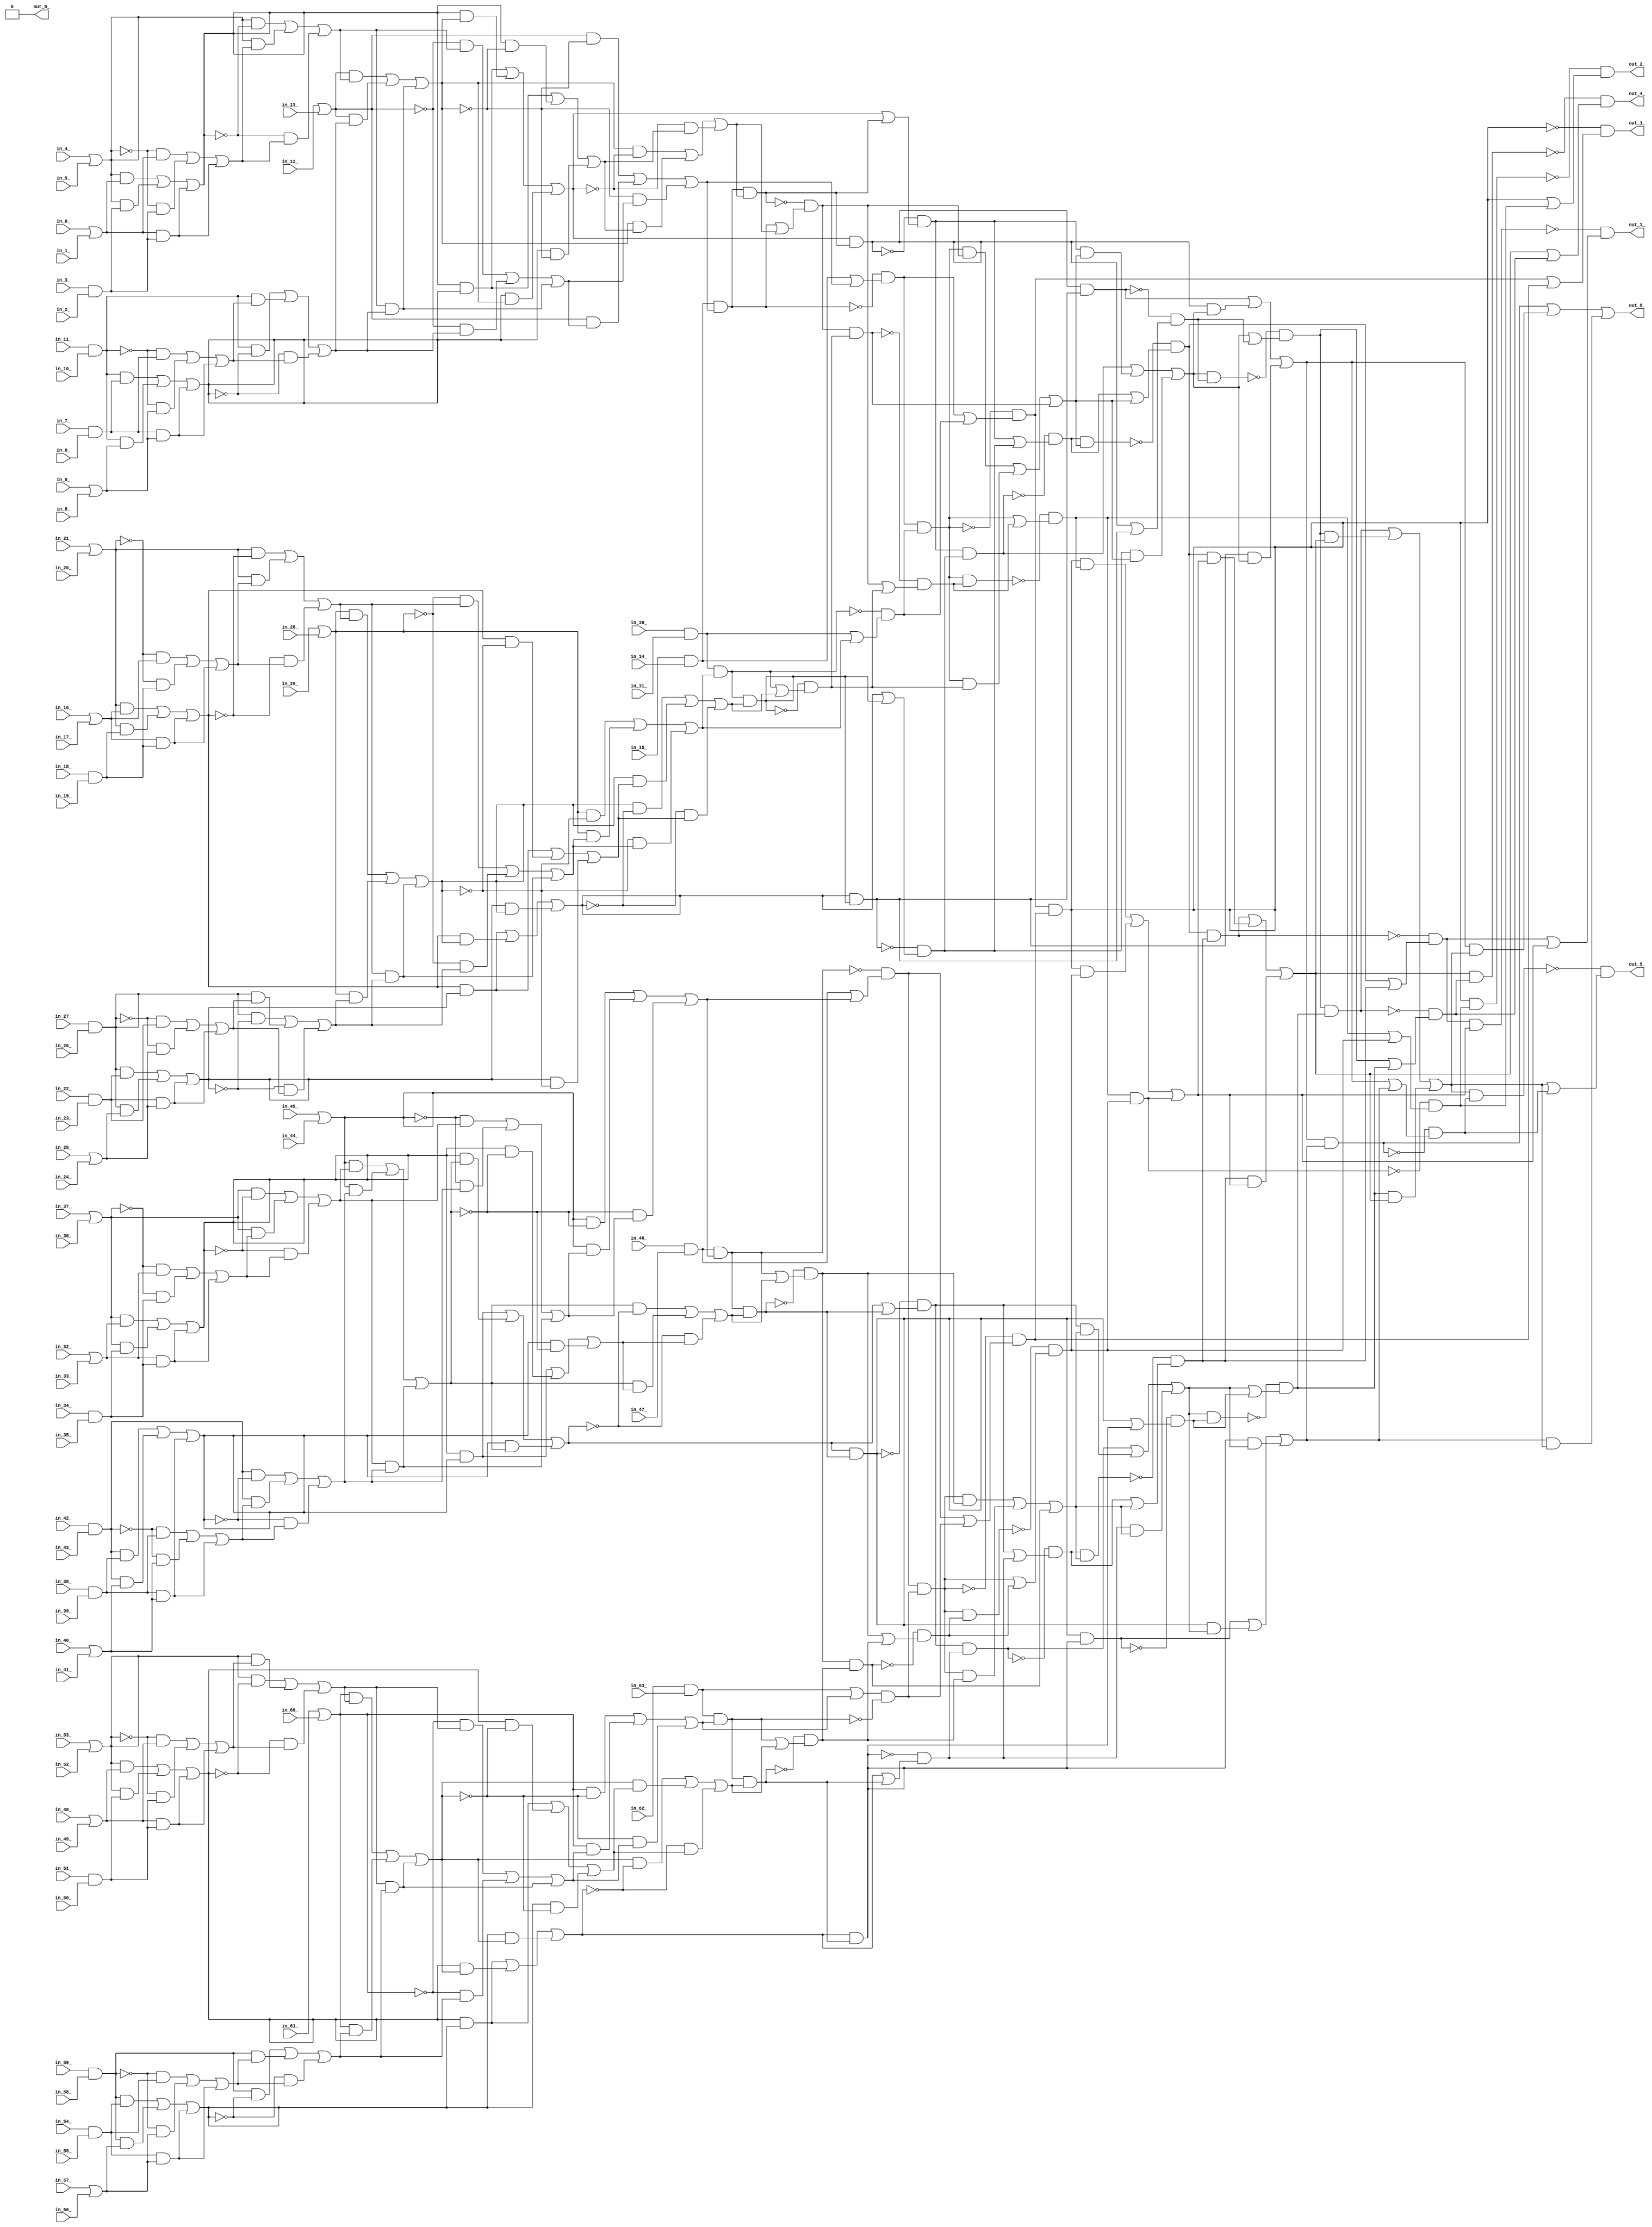
module counter_64 ( in_15_ , in_0_ , in_4_ , in_29_ , in_38_ , in_53_ , in_42_ , in_11_ , in_59_ , in_48_ , in_54_ , in_16_ , in_43_ , in_37_ , in_61_ , in_14_ , in_62_ , in_60_ , in_40_ , in_5_ , in_28_ , in_7_ , in_6_ , in_34_ , in_57_ , in_3_ , in_56_ , in_45_ , in_10_ , in_27_ , in_21_ , in_25_ , in_22_ , in_12_ , in_58_ , in_36_ , in_51_ , in_18_ , in_9_ , in_39_ , in_24_ , in_26_ , in_8_ , in_41_ , in_55_ , in_2_ , in_49_ , in_19_ , in_35_ , in_50_ , in_32_ , in_30_ , in_33_ , in_17_ , in_31_ , in_44_ , in_1_ , in_23_ , in_52_ , in_20_ , in_46_ , in_13_ , in_63_ , in_47_ , out_1_ , out_3_ , out_6_ , out_2_ , out_0_ , out_4_ , out_5_ );
  input in_15_ , in_0_ , in_4_ , in_29_ , in_38_ , in_53_ , in_42_ , in_11_ , in_59_ , in_48_ , in_54_ , in_16_ , in_43_ , in_37_ , in_61_ , in_14_ , in_62_ , in_60_ , in_40_ , in_5_ , in_28_ , in_7_ , in_6_ , in_34_ , in_57_ , in_3_ , in_56_ , in_45_ , in_10_ , in_27_ , in_21_ , in_25_ , in_22_ , in_12_ , in_58_ , in_36_ , in_51_ , in_18_ , in_9_ , in_39_ , in_24_ , in_26_ , in_8_ , in_41_ , in_55_ , in_2_ , in_49_ , in_19_ , in_35_ , in_50_ , in_32_ , in_30_ , in_33_ , in_17_ , in_31_ , in_44_ , in_1_ , in_23_ , in_52_ , in_20_ , in_46_ , in_13_ , in_63_ , in_47_ ;
  output out_1_ , out_3_ , out_6_ , out_2_ , out_0_ , out_4_ , out_5_ ;
  wire n65 , n66 , n67 , n68 , n69 , n70 , n71 , n72 , n73 , n74 , n75 , n76 , n77 , n78 , n79 , n80 , n81 , n82 , n83 , n84 , n85 , n86 , n87 , n88 , n89 , n90 , n91 , n92 , n93 , n94 , n95 , n96 , n97 , n98 , n99 , n100 , n101 , n102 , n103 , n104 , n105 , n106 , n107 , n108 , n109 , n110 , n111 , n112 , n113 , n114 , n115 , n116 , n117 , n118 , n119 , n120 , n121 , n122 , n123 , n124 , n125 , n126 , n127 , n128 , n129 , n130 , n131 , n132 , n133 , n134 , n135 , n136 , n137 , n138 , n139 , n140 , n141 , n142 , n143 , n144 , n145 , n146 , n147 , n148 , n149 , n150 , n151 , n152 , n153 , n154 , n155 , n156 , n157 , n158 , n159 , n160 , n161 , n162 , n163 , n164 , n165 , n166 , n167 , n168 , n169 , n170 , n171 , n172 , n173 , n174 , n175 , n176 , n177 , n178 , n179 , n180 , n181 , n182 , n183 , n184 , n185 , n186 , n187 , n188 , n189 , n190 , n191 , n192 , n193 , n194 , n195 , n196 , n197 , n198 , n199 , n200 , n201 , n202 , n203 , n204 , n205 , n206 , n207 , n208 , n209 , n210 , n211 , n212 , n213 , n214 , n215 , n216 , n217 , n218 , n219 , n220 , n221 , n222 , n223 , n224 , n225 , n226 , n227 , n228 , n229 , n230 , n231 , n232 , n233 , n234 , n235 , n236 , n237 , n238 , n239 , n240 , n241 , n242 , n243 , n244 , n245 , n246 , n247 , n248 , n249 , n250 , n251 , n252 , n253 , n254 , n255 , n256 , n257 , n258 , n259 ;
  assign n65 = in_15_ & in_14_ ;
  assign n66 = in_12_ | in_13_ ;
  assign n67 = in_4_ | in_5_ ;
  assign n68 = in_0_ | in_1_ ;
  assign n69 = in_3_ & in_2_ ;
  assign n70 = ( n67 & n68 ) | ( n67 & n69 ) | ( n68 & n69 ) ;
  assign n71 = ( ~n67 & n68 ) | ( ~n67 & n69 ) | ( n68 & n69 ) ;
  assign n72 = ( n67 & ~n70 ) | ( n67 & n71 ) | ( ~n70 & n71 ) ;
  assign n73 = in_11_ & in_10_ ;
  assign n74 = in_7_ & in_6_ ;
  assign n75 = in_9_ | in_8_ ;
  assign n76 = ( n73 & n74 ) | ( n73 & n75 ) | ( n74 & n75 ) ;
  assign n77 = ( ~n73 & n74 ) | ( ~n73 & n75 ) | ( n74 & n75 ) ;
  assign n78 = ( n73 & ~n76 ) | ( n73 & n77 ) | ( ~n76 & n77 ) ;
  assign n79 = ( n66 & n72 ) | ( n66 & n78 ) | ( n72 & n78 ) ;
  assign n80 = ( ~n66 & n72 ) | ( ~n66 & n78 ) | ( n72 & n78 ) ;
  assign n81 = ( n66 & ~n79 ) | ( n66 & n80 ) | ( ~n79 & n80 ) ;
  assign n82 = n65 & n81 ;
  assign n83 = n65 | n81 ;
  assign n84 = ~n82 & n83 ;
  assign n85 = in_30_ & in_31_ ;
  assign n86 = in_29_ | in_28_ ;
  assign n87 = in_21_ | in_20_ ;
  assign n88 = in_16_ | in_17_ ;
  assign n89 = in_18_ & in_19_ ;
  assign n90 = ( n87 & n88 ) | ( n87 & n89 ) | ( n88 & n89 ) ;
  assign n91 = ( ~n87 & n88 ) | ( ~n87 & n89 ) | ( n88 & n89 ) ;
  assign n92 = ( n87 & ~n90 ) | ( n87 & n91 ) | ( ~n90 & n91 ) ;
  assign n93 = in_27_ & in_26_ ;
  assign n94 = in_22_ & in_23_ ;
  assign n95 = in_25_ | in_24_ ;
  assign n96 = ( n93 & n94 ) | ( n93 & n95 ) | ( n94 & n95 ) ;
  assign n97 = ( ~n93 & n94 ) | ( ~n93 & n95 ) | ( n94 & n95 ) ;
  assign n98 = ( n93 & ~n96 ) | ( n93 & n97 ) | ( ~n96 & n97 ) ;
  assign n99 = ( n86 & n92 ) | ( n86 & n98 ) | ( n92 & n98 ) ;
  assign n100 = ( ~n86 & n92 ) | ( ~n86 & n98 ) | ( n92 & n98 ) ;
  assign n101 = ( n86 & ~n99 ) | ( n86 & n100 ) | ( ~n99 & n100 ) ;
  assign n102 = n85 & n101 ;
  assign n103 = n85 | n101 ;
  assign n104 = ~n102 & n103 ;
  assign n105 = n84 & n104 ;
  assign n106 = n84 | n104 ;
  assign n107 = ~n105 & n106 ;
  assign n108 = in_46_ & in_47_ ;
  assign n109 = in_45_ | in_44_ ;
  assign n110 = in_37_ | in_36_ ;
  assign n111 = in_32_ | in_33_ ;
  assign n112 = in_34_ & in_35_ ;
  assign n113 = ( n110 & n111 ) | ( n110 & n112 ) | ( n111 & n112 ) ;
  assign n114 = ( ~n110 & n111 ) | ( ~n110 & n112 ) | ( n111 & n112 ) ;
  assign n115 = ( n110 & ~n113 ) | ( n110 & n114 ) | ( ~n113 & n114 ) ;
  assign n116 = in_42_ & in_43_ ;
  assign n117 = in_38_ & in_39_ ;
  assign n118 = in_40_ | in_41_ ;
  assign n119 = ( n116 & n117 ) | ( n116 & n118 ) | ( n117 & n118 ) ;
  assign n120 = ( ~n116 & n117 ) | ( ~n116 & n118 ) | ( n117 & n118 ) ;
  assign n121 = ( n116 & ~n119 ) | ( n116 & n120 ) | ( ~n119 & n120 ) ;
  assign n122 = ( n109 & n115 ) | ( n109 & n121 ) | ( n115 & n121 ) ;
  assign n123 = ( ~n109 & n115 ) | ( ~n109 & n121 ) | ( n115 & n121 ) ;
  assign n124 = ( n109 & ~n122 ) | ( n109 & n123 ) | ( ~n122 & n123 ) ;
  assign n125 = n108 & n124 ;
  assign n126 = n108 | n124 ;
  assign n127 = ~n125 & n126 ;
  assign n128 = in_62_ & in_63_ ;
  assign n129 = in_61_ | in_60_ ;
  assign n130 = in_53_ | in_52_ ;
  assign n131 = in_48_ | in_49_ ;
  assign n132 = in_51_ & in_50_ ;
  assign n133 = ( n130 & n131 ) | ( n130 & n132 ) | ( n131 & n132 ) ;
  assign n134 = ( ~n130 & n131 ) | ( ~n130 & n132 ) | ( n131 & n132 ) ;
  assign n135 = ( n130 & ~n133 ) | ( n130 & n134 ) | ( ~n133 & n134 ) ;
  assign n136 = in_59_ & in_58_ ;
  assign n137 = in_54_ & in_55_ ;
  assign n138 = in_57_ | in_56_ ;
  assign n139 = ( n136 & n137 ) | ( n136 & n138 ) | ( n137 & n138 ) ;
  assign n140 = ( ~n136 & n137 ) | ( ~n136 & n138 ) | ( n137 & n138 ) ;
  assign n141 = ( n136 & ~n139 ) | ( n136 & n140 ) | ( ~n139 & n140 ) ;
  assign n142 = ( n129 & n135 ) | ( n129 & n141 ) | ( n135 & n141 ) ;
  assign n143 = ( ~n129 & n135 ) | ( ~n129 & n141 ) | ( n135 & n141 ) ;
  assign n144 = ( n129 & ~n142 ) | ( n129 & n143 ) | ( ~n142 & n143 ) ;
  assign n145 = n128 | n144 ;
  assign n146 = n128 & n144 ;
  assign n147 = n145 & ~n146 ;
  assign n148 = n127 & n147 ;
  assign n149 = n127 | n147 ;
  assign n150 = ~n148 & n149 ;
  assign n151 = n107 & n150 ;
  assign n152 = n107 | n150 ;
  assign n153 = ~n151 & n152 ;
  assign n154 = ( n70 & n76 ) | ( n70 & n79 ) | ( n76 & n79 ) ;
  assign n155 = ( n70 & n76 ) | ( n70 & ~n79 ) | ( n76 & ~n79 ) ;
  assign n156 = ( n79 & ~n154 ) | ( n79 & n155 ) | ( ~n154 & n155 ) ;
  assign n157 = n82 & n156 ;
  assign n158 = n154 & n157 ;
  assign n159 = n154 | n157 ;
  assign n160 = ~n158 & n159 ;
  assign n161 = ( n90 & n96 ) | ( n90 & n99 ) | ( n96 & n99 ) ;
  assign n162 = ( n90 & n96 ) | ( n90 & ~n99 ) | ( n96 & ~n99 ) ;
  assign n163 = ( n99 & ~n161 ) | ( n99 & n162 ) | ( ~n161 & n162 ) ;
  assign n164 = n102 & n163 ;
  assign n165 = n161 & n164 ;
  assign n166 = n161 | n164 ;
  assign n167 = ~n165 & n166 ;
  assign n168 = n160 & n167 ;
  assign n169 = n160 | n167 ;
  assign n170 = ~n168 & n169 ;
  assign n171 = n82 | n156 ;
  assign n172 = ~n157 & n171 ;
  assign n173 = n102 | n163 ;
  assign n174 = ~n164 & n173 ;
  assign n175 = ( n105 & n172 ) | ( n105 & n174 ) | ( n172 & n174 ) ;
  assign n176 = n170 & n175 ;
  assign n177 = n170 | n175 ;
  assign n178 = ~n176 & n177 ;
  assign n179 = ( n113 & n119 ) | ( n113 & n122 ) | ( n119 & n122 ) ;
  assign n180 = ( n113 & n119 ) | ( n113 & ~n122 ) | ( n119 & ~n122 ) ;
  assign n181 = ( n122 & ~n179 ) | ( n122 & n180 ) | ( ~n179 & n180 ) ;
  assign n182 = n125 & n181 ;
  assign n183 = n179 & n182 ;
  assign n184 = n179 | n182 ;
  assign n185 = ~n183 & n184 ;
  assign n186 = ( n133 & n139 ) | ( n133 & n142 ) | ( n139 & n142 ) ;
  assign n187 = ( n133 & n139 ) | ( n133 & ~n142 ) | ( n139 & ~n142 ) ;
  assign n188 = ( n142 & ~n186 ) | ( n142 & n187 ) | ( ~n186 & n187 ) ;
  assign n189 = n146 & n188 ;
  assign n190 = n186 & n189 ;
  assign n191 = n186 | n189 ;
  assign n192 = ~n190 & n191 ;
  assign n193 = n185 & n192 ;
  assign n194 = n185 | n192 ;
  assign n195 = ~n193 & n194 ;
  assign n196 = n125 | n181 ;
  assign n197 = ~n182 & n196 ;
  assign n198 = n146 | n188 ;
  assign n199 = ~n189 & n198 ;
  assign n200 = ( n148 & n197 ) | ( n148 & n199 ) | ( n197 & n199 ) ;
  assign n201 = n195 & n200 ;
  assign n202 = n195 | n200 ;
  assign n203 = ~n201 & n202 ;
  assign n204 = n178 & n203 ;
  assign n205 = n178 | n203 ;
  assign n206 = ~n204 & n205 ;
  assign n207 = n172 & n174 ;
  assign n208 = n172 | n174 ;
  assign n209 = ~n207 & n208 ;
  assign n210 = n105 & n209 ;
  assign n211 = n105 | n209 ;
  assign n212 = ~n210 & n211 ;
  assign n213 = n197 & n199 ;
  assign n214 = n197 | n199 ;
  assign n215 = ~n213 & n214 ;
  assign n216 = n148 & n215 ;
  assign n217 = n148 | n215 ;
  assign n218 = ~n216 & n217 ;
  assign n219 = ( n151 & n212 ) | ( n151 & n218 ) | ( n212 & n218 ) ;
  assign n220 = n206 & n219 ;
  assign n221 = n206 | n219 ;
  assign n222 = ~n220 & n221 ;
  assign n223 = ( n160 & n167 ) | ( n160 & n175 ) | ( n167 & n175 ) ;
  assign n224 = ( n158 & n165 ) | ( n158 & n223 ) | ( n165 & n223 ) ;
  assign n225 = ( n185 & n192 ) | ( n185 & n200 ) | ( n192 & n200 ) ;
  assign n226 = ( n183 & n190 ) | ( n183 & n225 ) | ( n190 & n225 ) ;
  assign n227 = n158 & n165 ;
  assign n228 = n158 | n165 ;
  assign n229 = ~n227 & n228 ;
  assign n230 = n223 & n229 ;
  assign n231 = n223 | n229 ;
  assign n232 = ~n230 & n231 ;
  assign n233 = n183 & n190 ;
  assign n234 = n183 | n190 ;
  assign n235 = ~n233 & n234 ;
  assign n236 = n225 & n235 ;
  assign n237 = n225 | n235 ;
  assign n238 = ~n236 & n237 ;
  assign n239 = ( n178 & n203 ) | ( n178 & n219 ) | ( n203 & n219 ) ;
  assign n240 = ( n232 & n238 ) | ( n232 & n239 ) | ( n238 & n239 ) ;
  assign n241 = ( n224 & n226 ) | ( n224 & n240 ) | ( n226 & n240 ) ;
  assign n242 = n212 & n218 ;
  assign n243 = n212 | n218 ;
  assign n244 = ~n242 & n243 ;
  assign n245 = n151 & n244 ;
  assign n246 = n151 | n244 ;
  assign n247 = ~n245 & n246 ;
  assign n248 = n232 & n238 ;
  assign n249 = n232 | n238 ;
  assign n250 = ~n248 & n249 ;
  assign n251 = n239 & n250 ;
  assign n252 = n239 | n250 ;
  assign n253 = ~n251 & n252 ;
  assign n254 = n224 & n226 ;
  assign n255 = n224 | n226 ;
  assign n256 = ~n254 & n255 ;
  assign n257 = n240 & n256 ;
  assign n258 = n240 | n256 ;
  assign n259 = ~n257 & n258 ;
  assign out_1_ = n153 ;
  assign out_3_ = n222 ;
  assign out_6_ = n241 ;
  assign out_2_ = n247 ;
  assign out_0_ = 1'b0 ;
  assign out_4_ = n253 ;
  assign out_5_ = n259 ;
endmodule